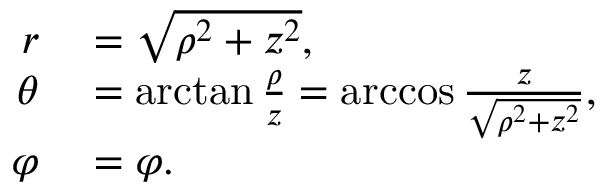
\begin{array} { r l } { r } & { { } = { \sqrt { \rho ^ { 2 } + z ^ { 2 } } } , } \\ { \theta } & { { } = \arctan { \frac { \rho } { z } } = \operatorname { a r c c o s } { \frac { z } { \sqrt { \rho ^ { 2 } + z ^ { 2 } } } } , } \\ { \varphi } & { { } = \varphi . } \end{array}